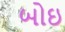
બોઇ